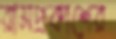
রামপ্রকাশের